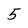
Character: 5